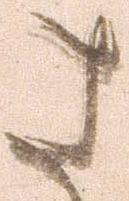
さ